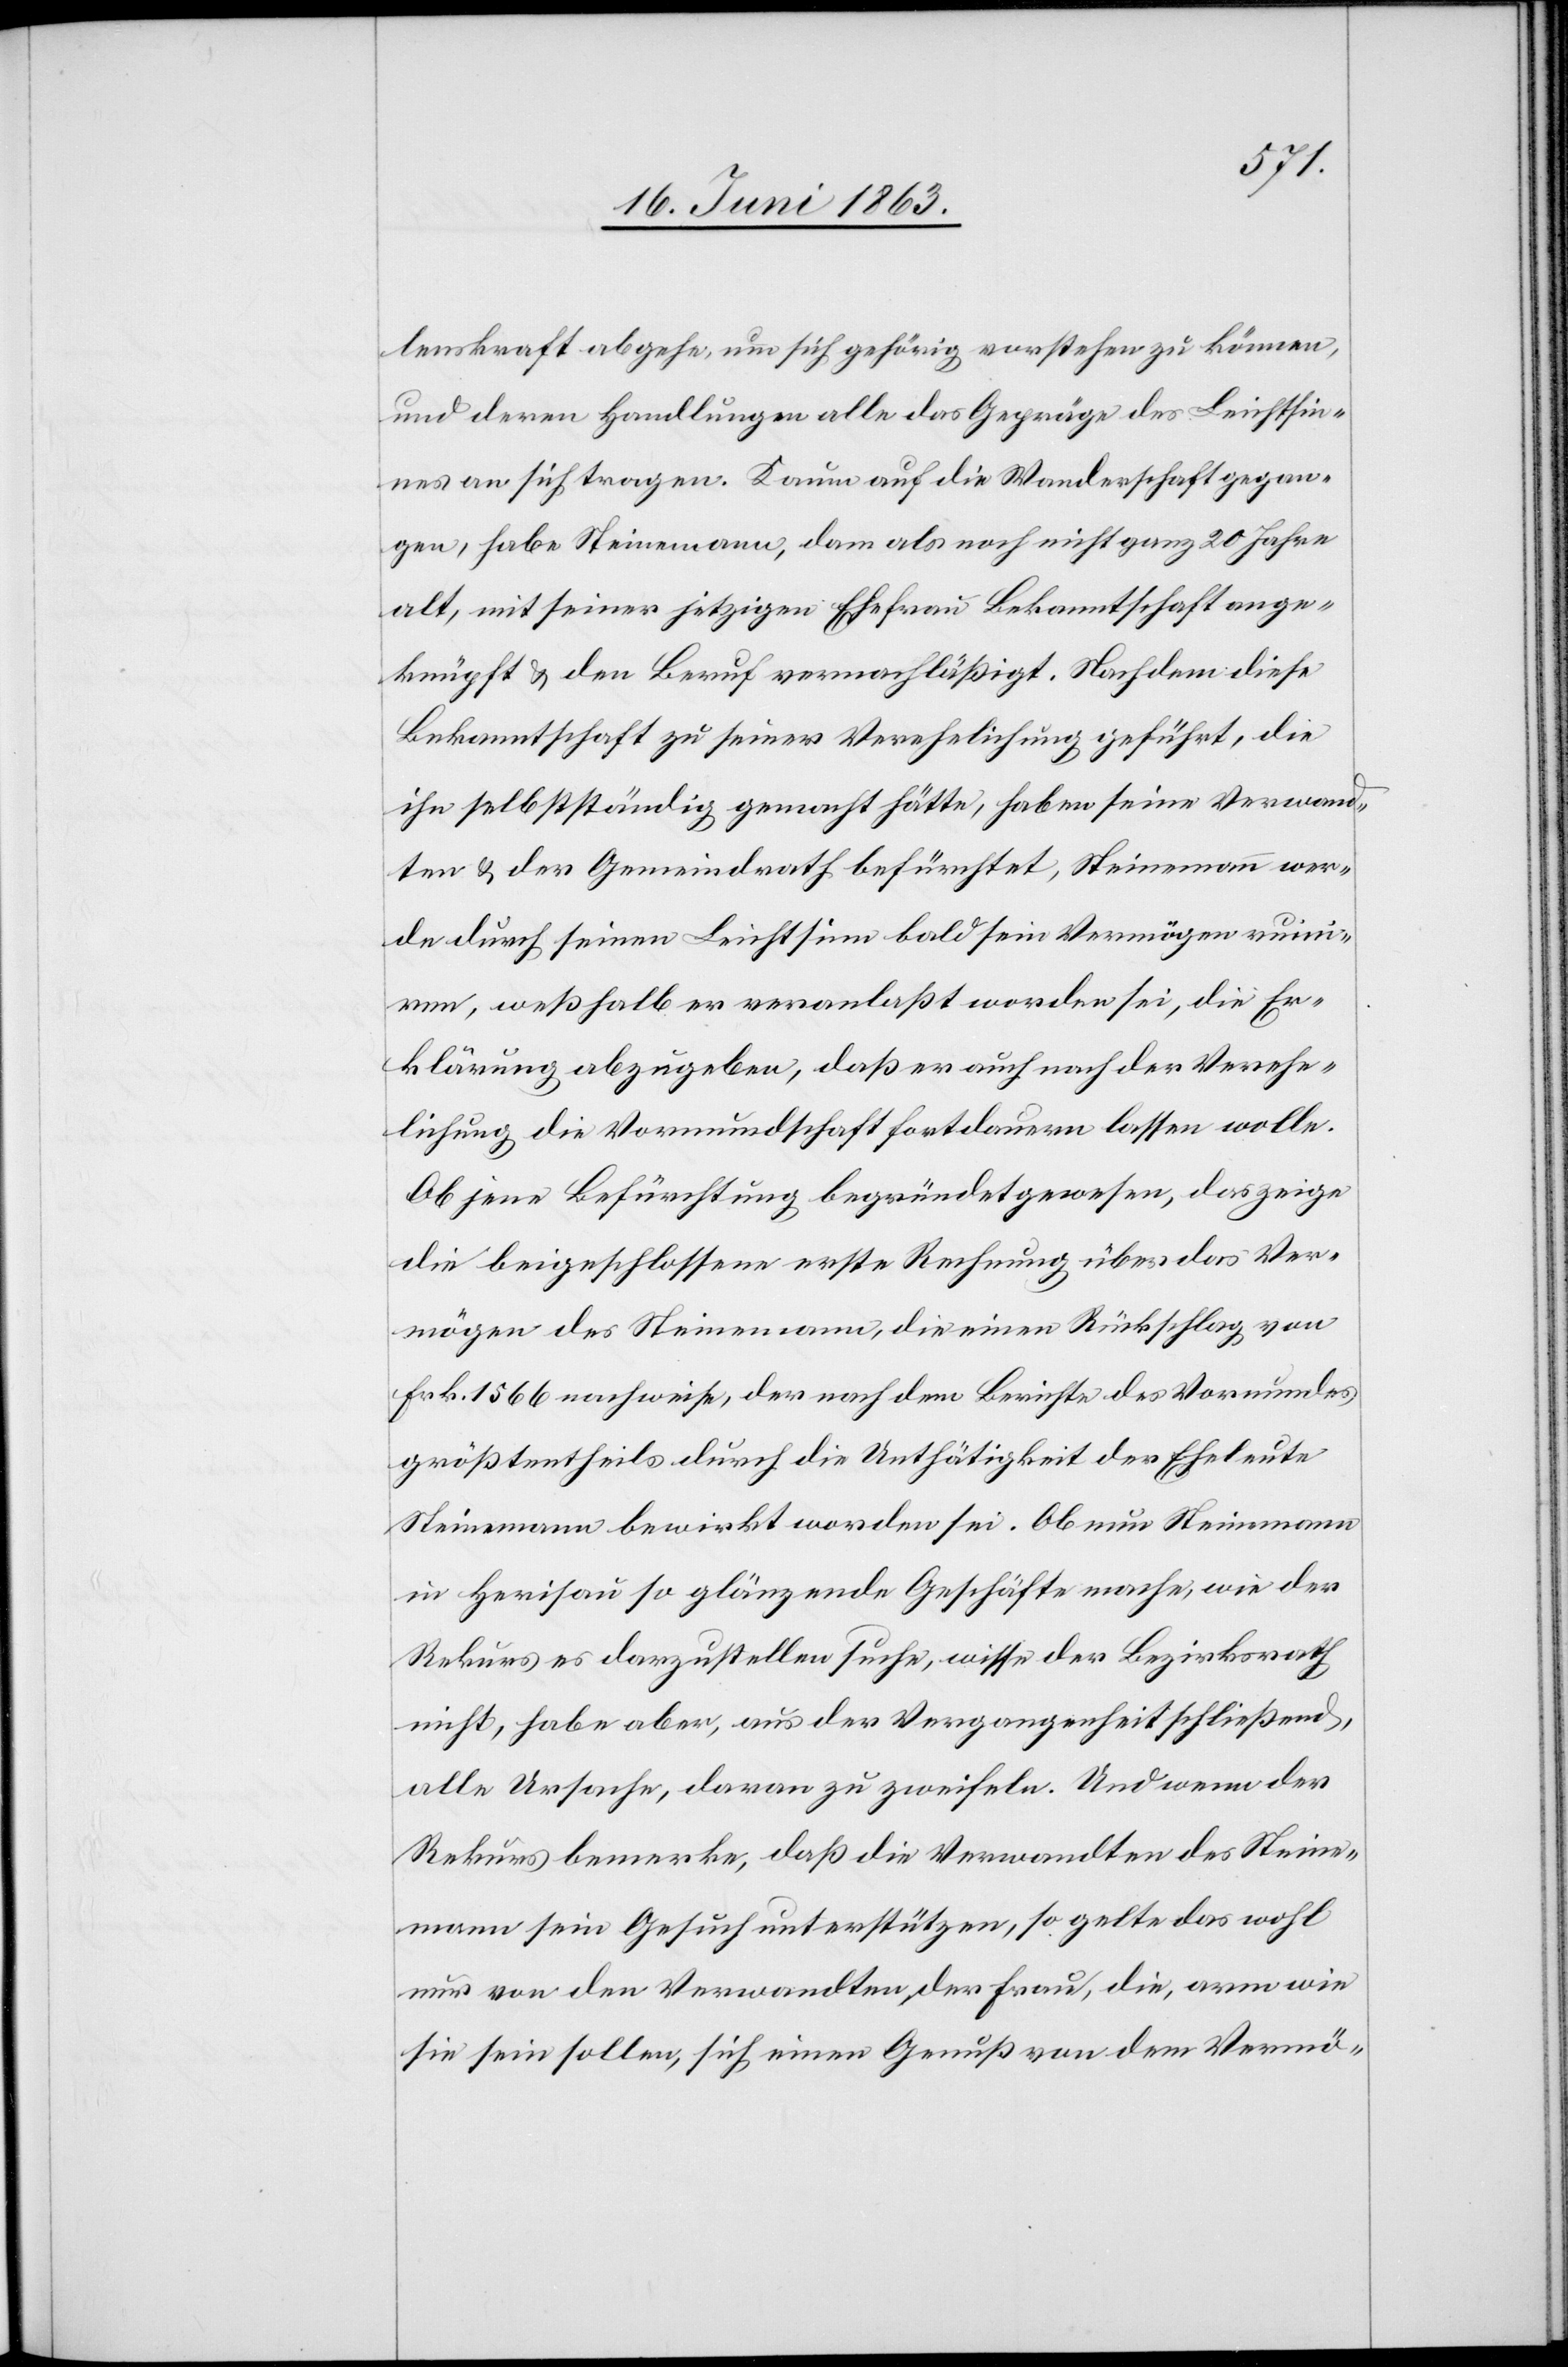
lenskraft abgehe, um sich gehörig vorstehen zu können,
und deren Handlungen alle das Gepräge des Leichtsin¬
nes an sich tragen. Kaum auf die Wanderschaft gegan¬
gen, habe Steinemann, damals noch nicht ganz 20 Jahre
alt, mit seiner jetzigen Ehefrau Bekanntschaft ange¬
knüpft & den Beruf vernachläßigt. Nachdem diese
Bekanntschaft zu seiner Verehelichung geführt, die
ihn selbstständig gemacht hätte, haben seine Verwand¬
ten & der Gemeindrath befürchtet, Steinemann wer¬
de durch seinen Leichtsinn bald sein Vermögen ruini¬
ren, weßhalb er veranlaßt worden sei, die Er¬
klärung abzugeben, daß er auch nach der Verehe¬
lichung die Vormundschaft fortdauern lassen wolle.
Ob jene Befürchtung begründet gewesen, das zeige
die beigeschlossene erste Rechnung über das Ver¬
mögen des Steinemann, die einen Rückschlag von
Frk. 1566 nachweise, der nach dem Berichte des Vormundes
größtentheils durch die Unthätigkeit der Eheleute
Steinemann bewirkt worden sei. Ob nun Steinemann
in Herisau so glänzende Geschäfte mache, wie der
Rekurs es darzustellen suche, wisse der Bezirksrath
nicht, habe aber, aus der Vergangenheit schließend,
alle Ursache, daran zu zweifeln. Und wenn der
Rekurs bemerkt, daß die Verwandten des Steine¬
mann sein Gesuch unterstützen, so gelte das wohl
nur von den Verwandten der Frau, die, arm wie
sie sein sollen, sich einen Genuß von dem Vermö-